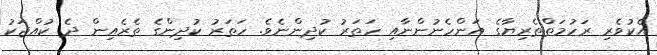
އެކުވެރި ރަހުމަތްތެރިޔާގެ އަންހެނުންނާއި ހަތަރު ކުދިންނެވެ. ހަތަރު ކުދިންގެ ތެރެއިން ދެ ކުއްޖަކު